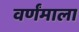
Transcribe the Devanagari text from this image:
वर्णंमाला